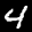
Label: 4